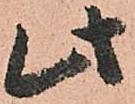
此